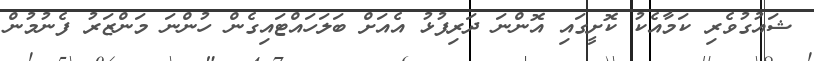
ޝައުގުވެރި ކަމާއެކު ކޮށީގައި އޮންނަ ދަރިފުޅު އެއަށް ބަލަހައްޓައިގެން ހުންނަ މަންޒަރު ފެނުމުން